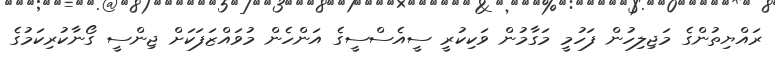
ރައްޔިތުންގެ މަޖިލިހުން ފަހުމީ މަގާމުން ވަކިކުރީ ސީއެސްސީގެ އަންހެން މުވައްޒަފަކަށް ޖިންސީ ގޯނާކުރިކަމުގެ